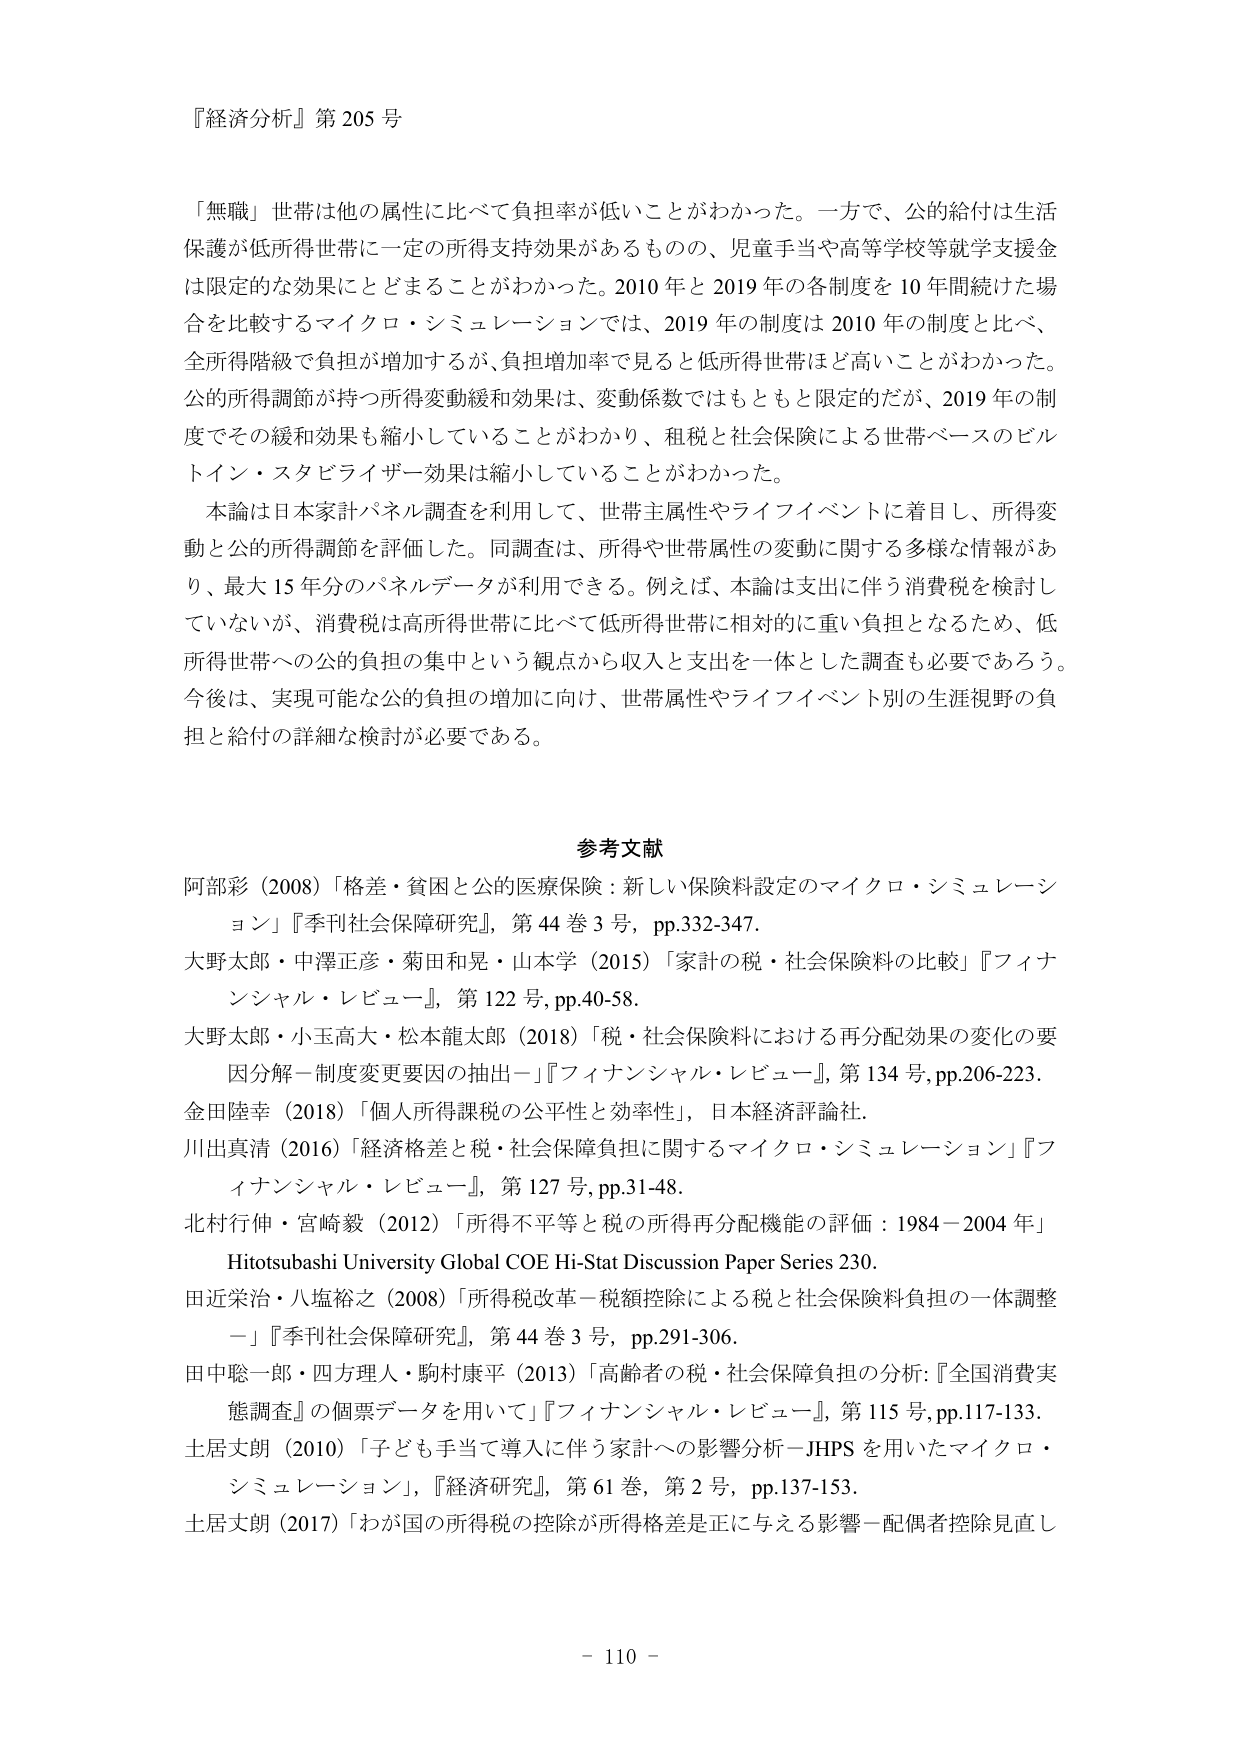
『経済分析』第205号

「無職」世帯は他の属性に比べて負担率が低いことがわかった。一方で、公的給付は生活保護が低所得世帯に一定の所得支持効果があるものの、児童手当や高等学校等就学支援金は限定的な効果にとどまることがわかった。2010年と2019年の各制度を10年間続けた場合を比較するマイクロ・シミュレーションでは、2019年の制度は2010年の制度と比べ、全所得階級で負担が増加するが、負担増加率で見ると低所得世帯ほど高いことがわかった。公的所得調節が持つ所得変動緩和効果は、変動係数ではもともと限定的だが、2019年の制度でその緩和効果も縮小していることがわかり、租税と社会保障による世帯ベースのビルトイン・スタビライザー効果は縮小していることがわかった。

本論は日本家計パネル調査を利用して、世帯主属性やライフイベントに着目し、所得変動と公的所得調節を評価した。同調査は、所得や世帯属性の変動に関する多様な情報があり、最大15年分のパネルデータが利用できる。例えば、本論は支出に伴う消費税を検討していないが、消費税は高所得世帯に比べて低所得世帯に相対的に重い負担となるため、低所得世帯への公的負担の集中という観点から収入と支出を一体とした調査も必要であろう。今後は、実現可能な公的負担の増加に向け、世帯属性やライフイベント別の生涯視野の負担と給付の詳細な検討が必要である。

参考文献

阿部彩（2008）「格差・貧困と公的医療保険：新しい保険料設定のマイクロ・シミュレーション」『季刊社会保障研究』、第44巻3号、pp.332-347.

大野太郎・中澤正彦・菊田和見・山本学（2015）「家計の税・社会保険料の比較」『フィナンシャル・レビュー』、第122号、pp.40-58.

大野太郎・小玉高大・松本龍太郎（2018）「税・社会保険料における再分配効果の変化の要因分解－制度変更要因の抽出－」『フィナンシャル・レビュー』、第134号、pp.206-223.

金田陸幸（2018）「個人所得税の公平性と効率性」、日本経済評論社.

川出真清（2016）「経済格差と税・社会保障負担に関するマイクロ・シミュレーション」『フィナンシャル・レビュー』、第127号、pp.31-48.

北村行伸・宮崎毅（2012）「所得不平等と税の所得再分配機能の評価：1984－2004年」Hitotsubashi University Global COE Hi-Stat Discussion Paper Series 230.

田近栄治・八塩裕之（2008）「所得税改革－税額控除による税と社会保険料負担の一体調整－」『季刊社会保障研究』、第44巻3号、pp.291-306.

田中聡一郎・四方理人・駒村康平（2013）「高齢者の税・社会保障負担の分析：『全国消費実態調査』の個票データを用いて」『フィナンシャル・レビュー』、第115号、pp.117-133.

土居丈朗（2010）「子ども手当で導入に伴う家計への影響分析－JHPSを用いたマイクロ・シミュレーション」、『経済研究』、第61巻、第2号、pp.137-153.

土居丈朗（2017）「わが国の所得税の控除が所得格差是正に与える影響－配偶者控除見直し

－ 110 －